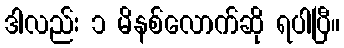
ဒါလည်း ၁ မိနစ်လောက်ဆို ရပါပြီ။